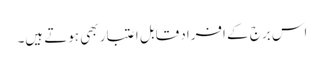
اس برج کے افراد قابل اعتبار بھی ہوتے ہیں۔